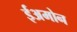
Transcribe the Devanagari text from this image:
ईअमोन